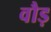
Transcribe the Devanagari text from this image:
वौड़